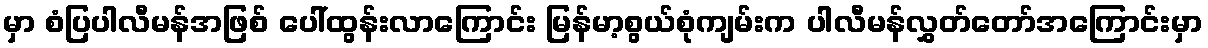
မှာ စံပြပါလီမန်အဖြစ် ပေါ်ထွန်းလာကြောင်း မြန်မာ့စွယ်စုံကျမ်းက ပါလီမန်လွှတ်တော်အကြောင်းမှာ